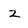
Character: 2